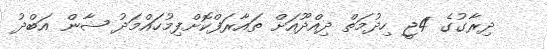
ދިރާގުގެ 4ޖީ ހިދުމަތް ދިއްދޫއަށް ތައާރަފްކޮށްފިމުހައްމަދު ޝާން އަބްދު